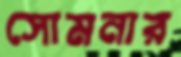
সোমনার